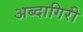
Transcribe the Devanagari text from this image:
अब्दागिरी